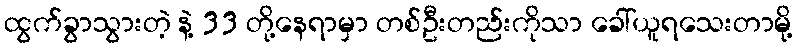
ထွက်ခွာသွားတဲ့ နဲ့ 33 တို့နေရာမှာ တစ်ဦးတည်းကိုသာ ခေါ်ယူရသေးတာမို့